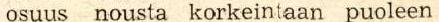
osuus nousta korkeintaan puoleen